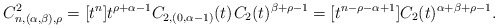
\begin{align*}C^2_{n,(\alpha,\beta),\rho} = [t^n] t^{\rho + \alpha - 1} C_{2,(0,\alpha-1)}(t) \kern+1pt C_2(t)^{\beta + \rho - 1} = [t^{n-\rho-\alpha+1}]C_2(t)^{\alpha+\beta+\rho-1}.\end{align*}